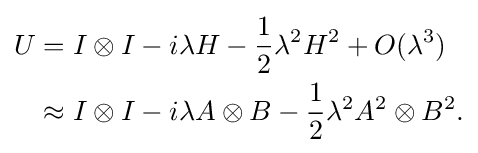
{\begin{aligned}U&=I\otimes I-i\lambda H-{\frac {1}{2}}\lambda ^{2}H^{2}+O(\lambda ^{3})\\&\approx I\otimes I-i\lambda A\otimes B-{\frac {1}{2}}\lambda ^{2}A^{2}\otimes B^{2}.\end{aligned}}